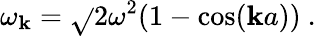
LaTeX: \omega_{\mathbf{k}}={\sqrt{}{{2\omega^{2}(1-\cos(\mathbf{k}a))}}}~.